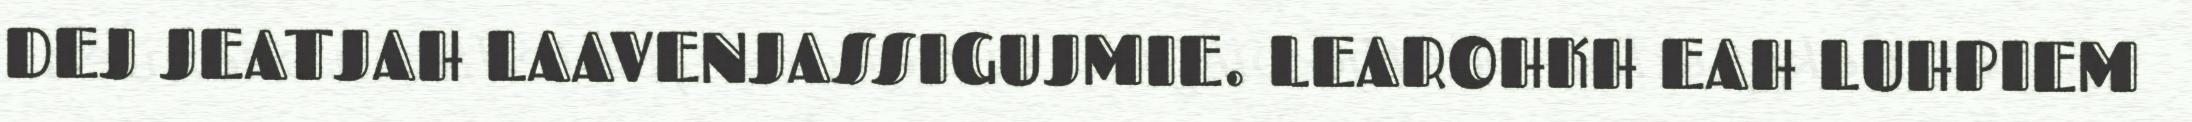
DEJ JEATJAH LAAVENJASSIGUJMIE. LEAROHKH EAH LUHPIEM